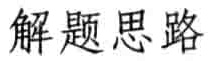
解题思路